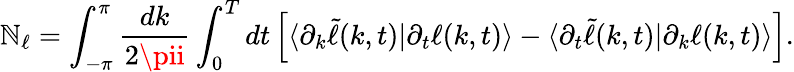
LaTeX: \mathbb{N}_{\ell}=\int_{-\pi}^{\pi}\frac{{dk}}{{2\pii}}\int_{0}^{T}dt\left[\langle\partial_{k}\widetilde{{\ell}}(k,t)|\partial_{t}\ell(k,t)\rangle-\langle\partial_{t}\widetilde{{\ell}}(k,t)|\partial_{k}\ell(k,t)\rangle\right].